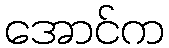
အောင်က